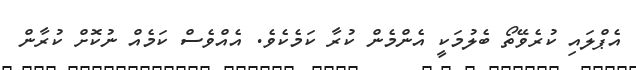
އެޕްލައި ކުރެވޭތޯ ބެލުމަކީ އެންމެން ކުރާ ކަމެކެވެ. އެއްވެސް ކަމެއް ނުކޮށް ކުރާން